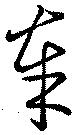
奉